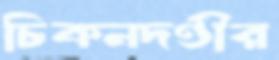
চিকনদণ্ডীর